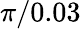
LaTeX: \pi/0.03